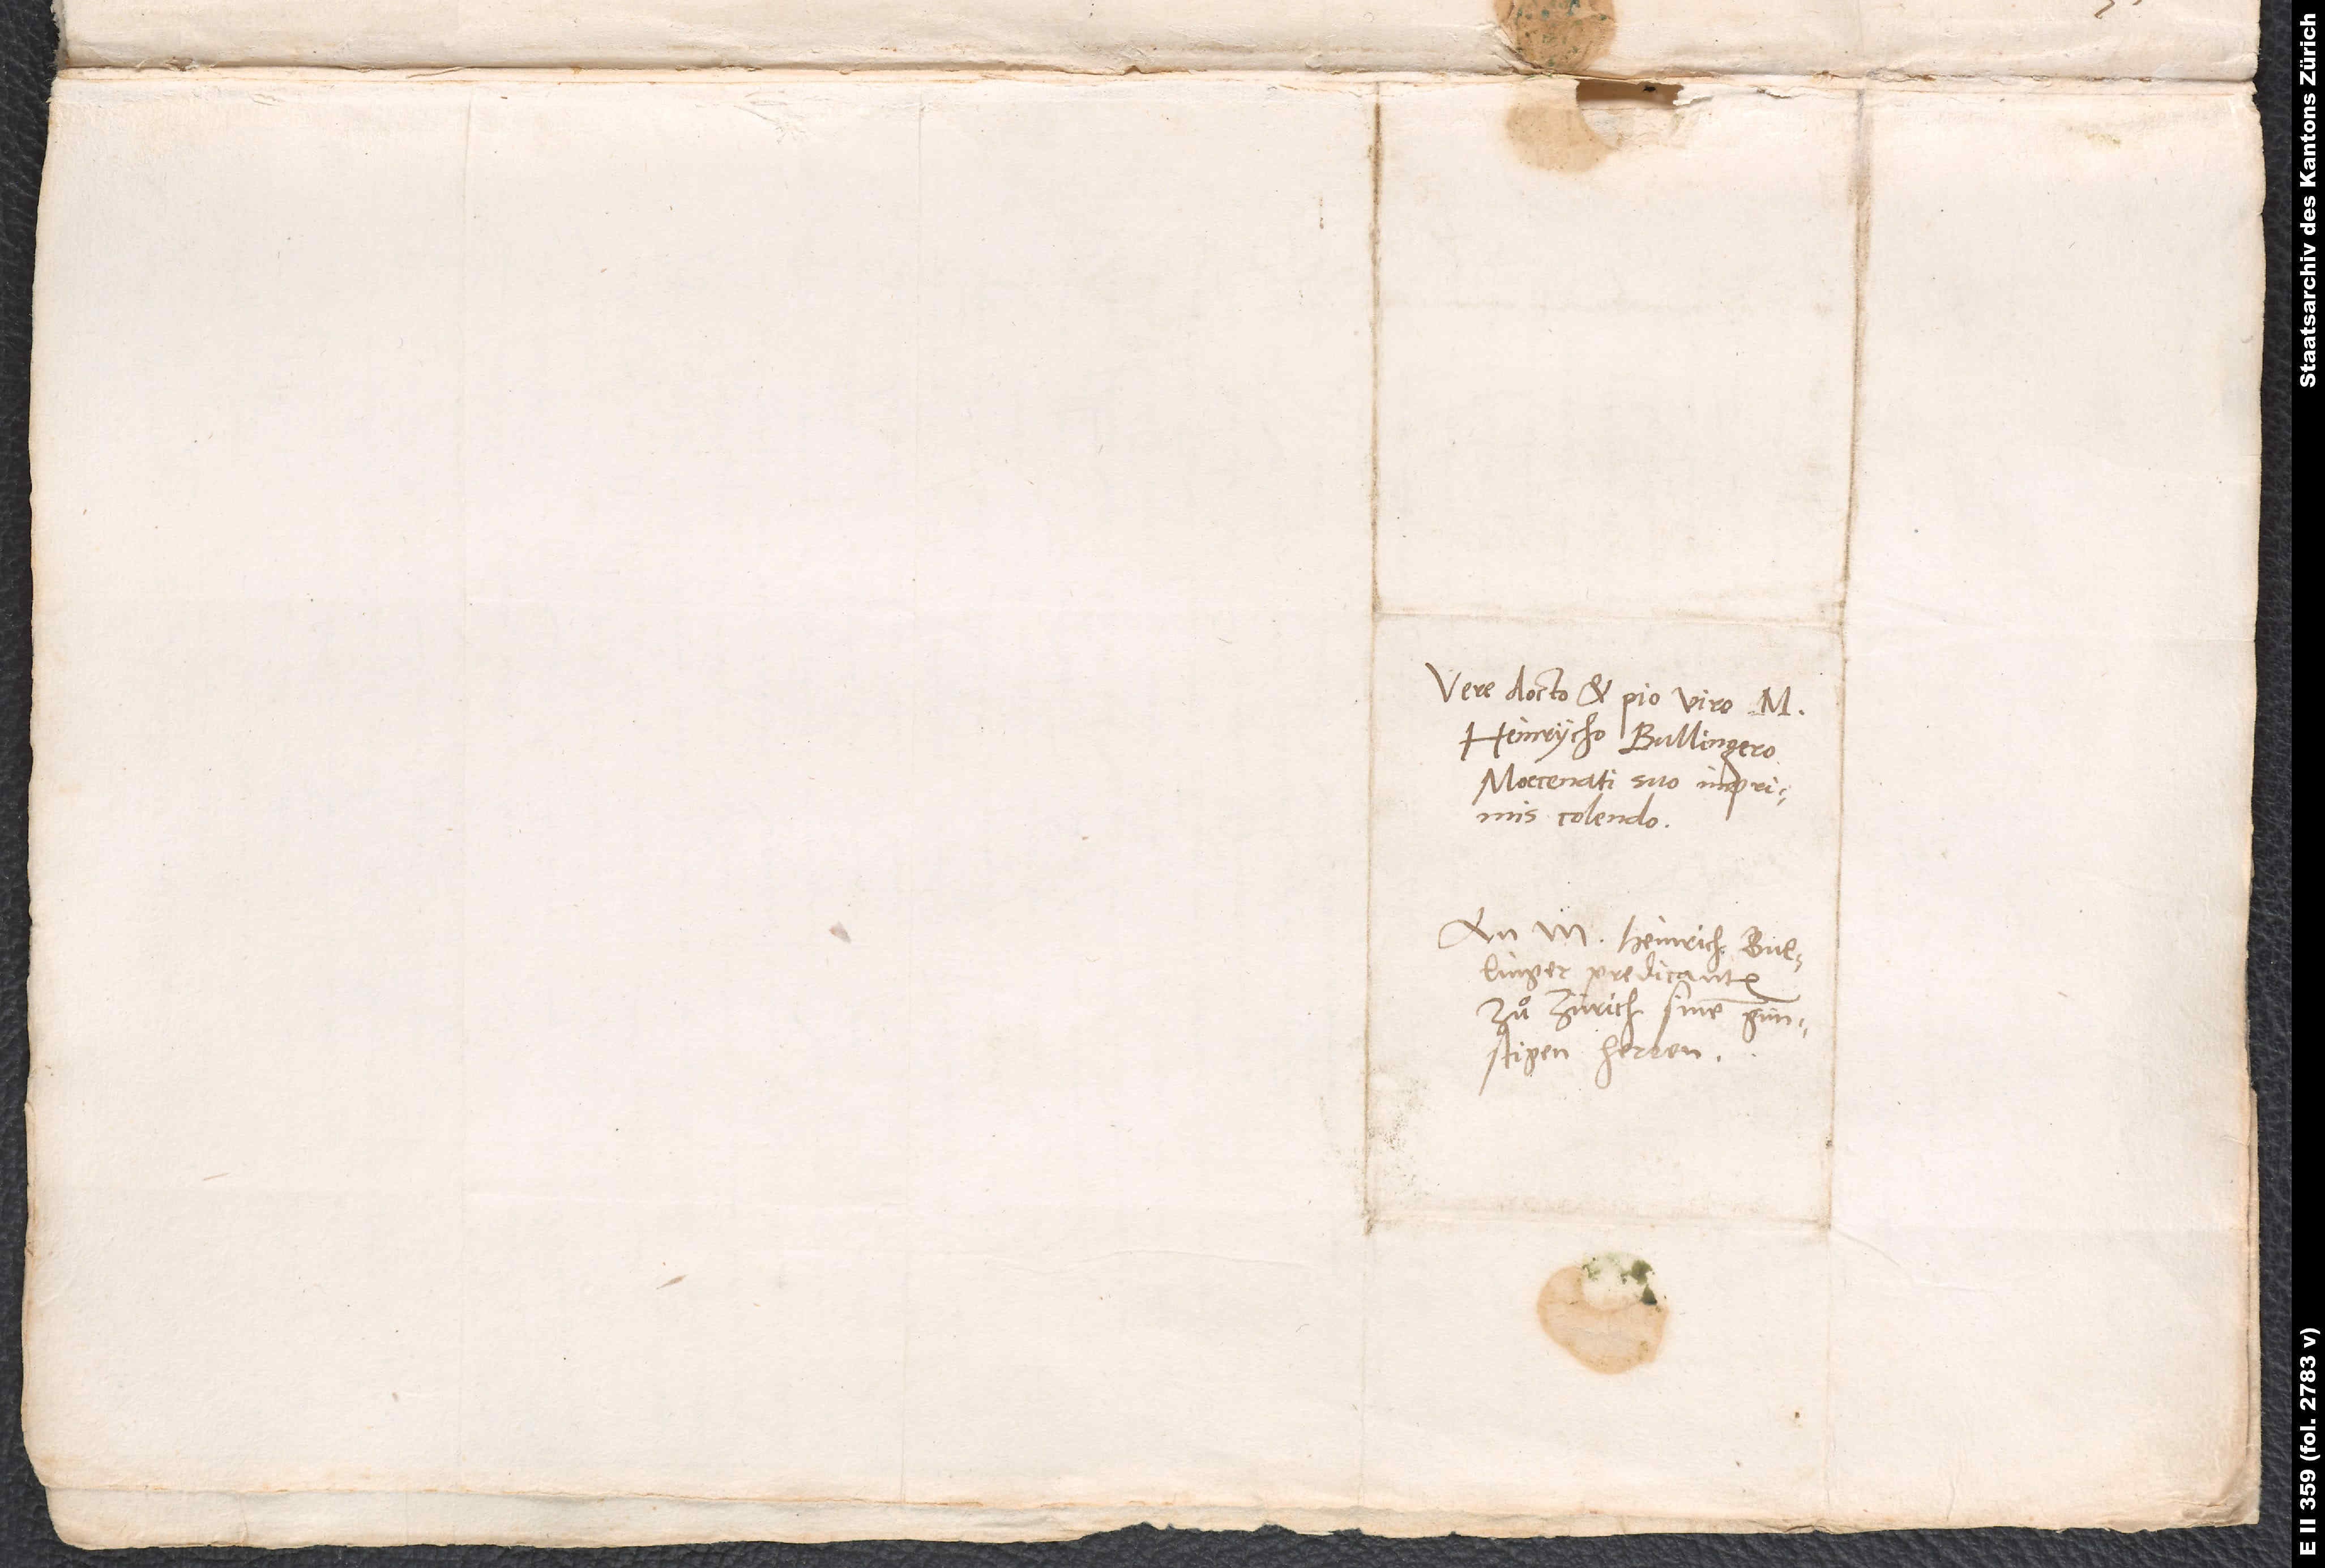
Vere docto et pio viro M.
Heinrycho Bullingero,
Moecenati suo imprimis
colendo.
An M. Heinrich Bullinger,
predicanten
zuͦ Zürich, sinem
günstigen herren.